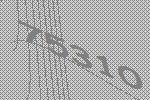
75310